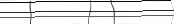
٦٥